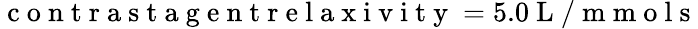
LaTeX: \mathrm{~c~o~n~t~r~a~s~t~a~g~e~n~t~r~e~l~a~x~i~v~i~t~y~}=5.0\mathrm{~L~/~m~m~o~l~s~}